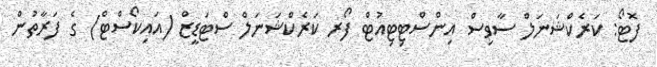
ފޮޓޯ: ކަރެކްޝަނަލް ސާވިސް އިންސްޓިޓިއުޓް ފޯރ ކަރެކްޝަނަލް ސްޓަޑީޒް (އައިކޯސްޓް) ގެ ފަރާތުން